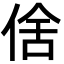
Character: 倽